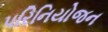
પરિનિયોજન